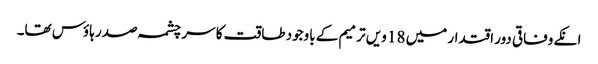
انکے وفاقی دور اقتدار میں 18 ویں ترمیم کے باوجود طاقت کا سر چشمہ صدر ہاؤس تھا۔